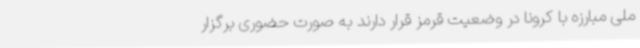
ملی مبارزه با کرونا در وضعیت قرمز قرار دارند به صورت حضوری برگزار